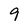
Character: 9